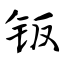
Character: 钣